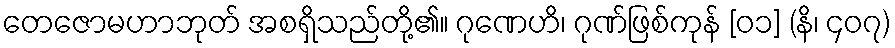
တေဇောမဟာဘုတ် အစရှိသည်တို့၏။ ဂုဏေဟိ၊ ဂုဏ်ဖြစ်ကုန် [၀၁] (နိ၊ ၄၀၇)